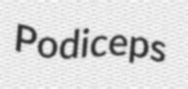
Podiceps